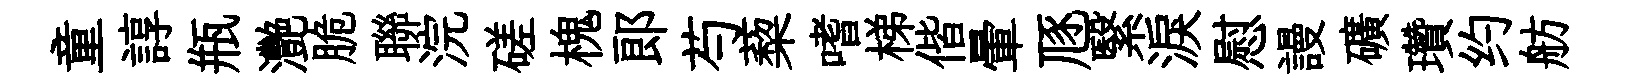
童諄瓶灧脆聯浣磋槐郎芍蔾嗜梯偕暈豗繄淚慰謾礦瓚约舫